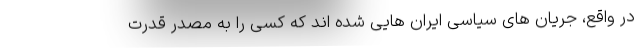
در واقع، جریان های سیاسی ایران هایی شده اند که کسی را به مصدر قدرت